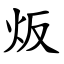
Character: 炍